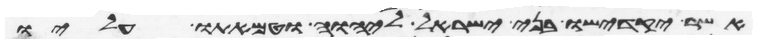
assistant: אשר יקדישו בני ישראל ליהוה וטמאתו עליו